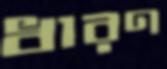
ধারণ